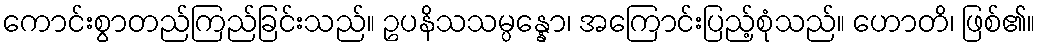
ကောင်းစွာတည်ကြည်ခြင်းသည်။ ဥပနိသသမ္ပန္နော၊ အကြောင်းပြည့်စုံသည်။ ဟောတိ၊ ဖြစ်၏။